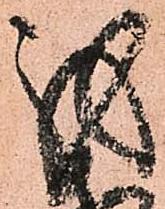
我